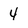
Character: 4